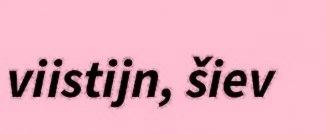
viistijn, šiev